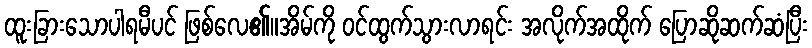
ထူးခြားသောပါရမီပင် ဖြစ်လေ၏။အိမ်ကို ဝင်ထွက်သွားလာရင်း အလိုက်အထိုက် ပြောဆိုဆက်ဆံပြီး